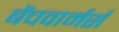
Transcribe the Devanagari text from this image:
बेंचवार्मर्स